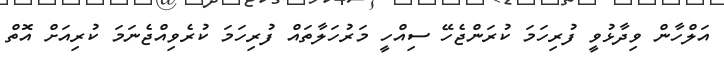
އަލްހާން ވިދާޅުވީ ފުރިހަމަ ކުރަންޖެހޭ ސިއްހީ މަރުހަލާތައް ފުރިހަމަ ކުރެވިއްޖެނަމަ ކުރިއަށް އޮތް